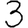
Digit: 3